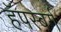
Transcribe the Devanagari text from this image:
हॅपस्बर्ग